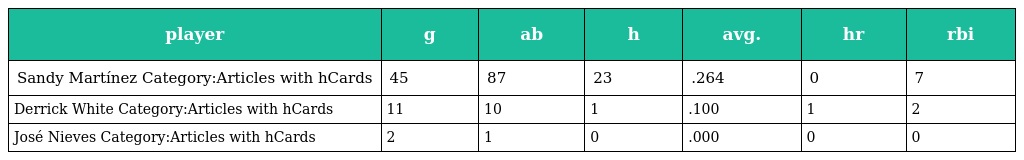
| player | g | ab | h | avg. | hr | rbi |
 | --- | --- | --- | --- | --- | --- | --- |
 | Sandy Martínez Category:Articles with hCards | 45 | 87 | 23 | .264 | 0 | 7 |
 | Derrick White Category:Articles with hCards | 11 | 10 | 1 | .100 | 1 | 2 |
 | José Nieves Category:Articles with hCards | 2 | 1 | 0 | .000 | 0 | 0 |